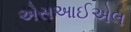
એસઆઈએલ